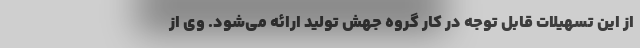
از این تسهیلات قابل توجه در کار گروه جهش تولید ارائه می‌شود. وی از